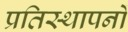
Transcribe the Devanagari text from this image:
प्रतिस्थापनों